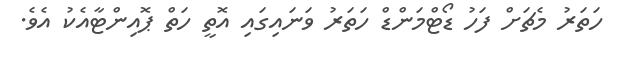
ހަތަރު މެޗަށް ފަހު ޑޯޓްމަންޑް ހަތަރު ވަނައިގައި އޮތީ ހަތް ޕޮއިންޓާއެކު އެވެ.